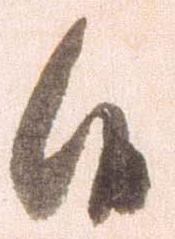
候